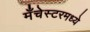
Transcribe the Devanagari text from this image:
मँचेस्टरमध्ये